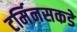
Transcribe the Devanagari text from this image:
टर्मिनसकडे